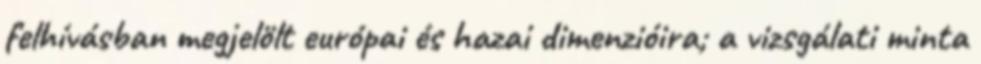
felhívásban megjelölt európai és hazai dimenzióira; a vizsgálati minta